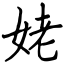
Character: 姥